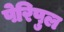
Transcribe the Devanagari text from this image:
पेरिपुल